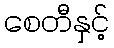
စေတီနှင့်